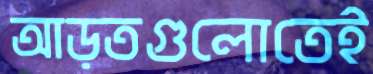
আড়তগুলোতেই